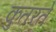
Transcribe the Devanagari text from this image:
कुतरते